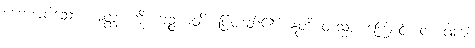
ဟောအပ်သော။ အတ္ထံ၊ ကို။ ဗျဉ္ဇယတိ၊ ပြတတ်၏။ ဣတိ တသ္မာ၊ ကြောင့်။ တံ ဝါကျံ၊